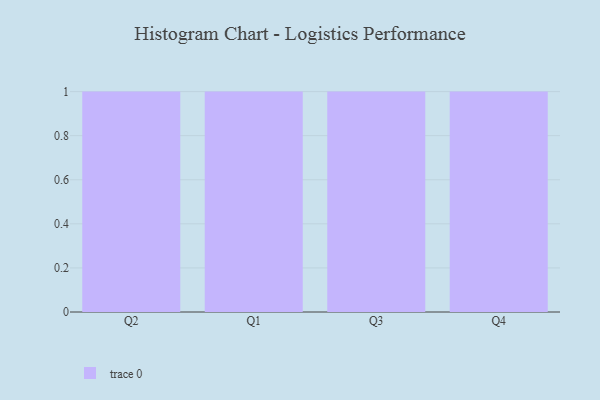
{"axis": {"x": "Quarter", "y": "Website Visitors"}, "legend": [""], "data": [{"x": "Q2", "y": 86, "type": ""}, {"x": "Q1", "y": 2, "type": ""}, {"x": "Q3", "y": 13, "type": ""}, {"x": "Q4", "y": 58, "type": ""}]}